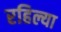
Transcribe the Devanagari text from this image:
रहिल्या